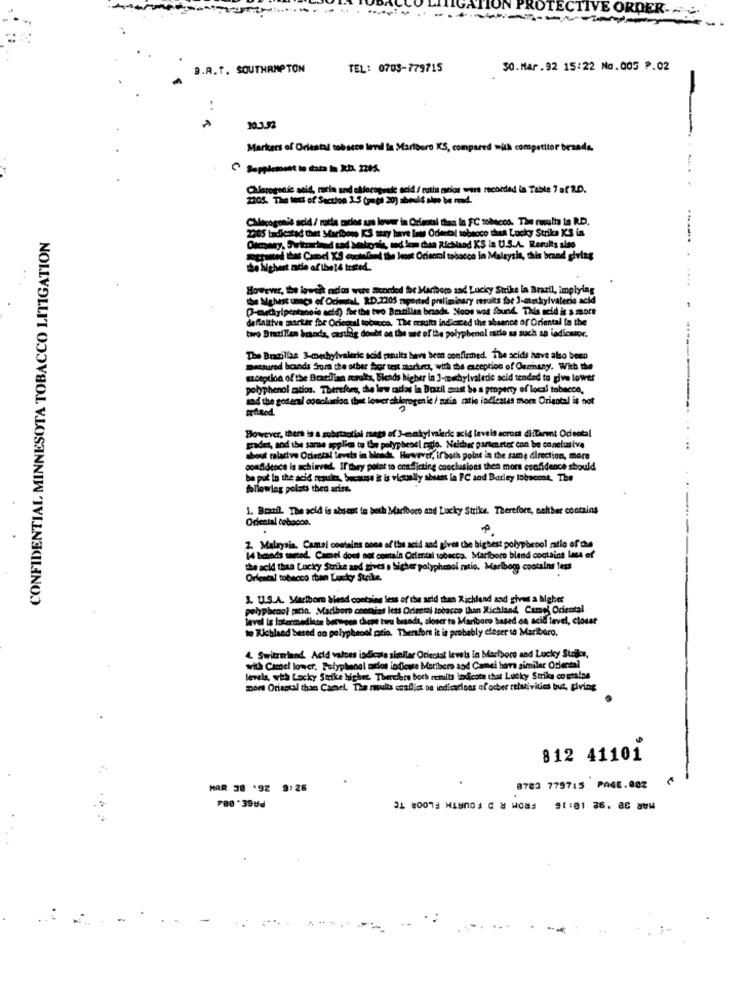
B.A.T. SOUTHAMPTON
TEL: 0703-779715
SO.Mar.92 15:22 No.005 P.02
-
:
30.3.92
Markers of Oriental tobacco level In Marlboro KS, compared with competitor brands.
Chlorogenic acid, maria and ellocopuede acid / rulla meios were recorded in Table 7 af R.D.
2205. The best of Section 1.5 (pop) 30) about slow be med.
Chiecogeniè acid/ rotla zaclos sas lower in Oriental than In FC tobacco. The rwults la RD.
2005 tadficatad thet Maribons KS may have low Odeetal tobacco that Lucky Strike KS in
CONFIDENTIAL MINNESOTA TOBACCO LITIGATION
Oscary, Suitrartand sad Malagaik, and lom chea Richland KS in U.S.A. Results also
ogsuited that Camel KS cochefeed the Host Oriental tabacco in Malaysia, this brand giving
the highest made of the14 tested.
....... . ....
However, the lowest rados wers icorded for Maribor and Lucky Strike in Brazil, implying
the Mghest unacs of Odental, I.D.2205 rogerted preliminary results for 3-methylvalerio acid
hylpentanoio seid) for the two Bratilles briode. Nous was found. This acid is s more
definitive marker for Oricoul tobacco. The results indicaced the absence of Oriental in the
two Braillen brands, castlig doubt on the me of the polyphenol ratio as such an indicator,
The Brazilian 3-methylvaleric acid results have been confirmed. The acidi have also been
measured bonds Sora the other for test markets, with the exception of Quemnasy. With the
czoeption of the Brazilian saults, Sichds higher in ]-mechylvaledie acid tended to give lower
polyphenol ratios. Therefore, the law carlos in Brazil must be a property of local tobacco,
and the general conclusion that lower ellerogen ic / motin zatie inclestas more Oriental is not
Bowever, there is a substantial maps of 3-methyl valeric acid leveis across diiTarent Ociental
grades, sod the same applies to to polyphesel caso. Neither parseneter con be conelusiva
...
about maladive Oriental Levels in bleach. However, ifboth point in the same direction, more
confidence is achieved. If they point to conflicting conclusions then mors confidence should
ba put in the acid resules, because it is vicsally sheets la FC and Barley tobaccos, The
following polats then arise.
1. Brail. The acid is absent te beth Maciboro and Lucky Strike. Therefore, selther contains
Oriental tobacon.
2. Malaysia. Camal contains none of the acid and gives the bigbest polyphenol ratio of the
14 bchods tarted. Camel doul not contain Oriental tobecca. Marlboro blend contains lass of
the acid thaa Lucky Strike and gives a higher polyphenol matio. Maribor contains less
Oriental tobacco ttan Lucky Strike.
3. U.S.A. Mariboru blend containg less of the seld then Richland and gives a highet
polyphenol pacio. Madboro conthias less Oriental tobacco than Richland Cume Oriental
level Ig Intermediate between these two brands, closer to Mariboro based on acid level, closst
to Richland besed on polyphenol catio. Therefore it is probably closer to Maribero.
4. Switzmiand. Acid valves indicala similar Oriental levels in Marlboro and Lucky Strikce,
with Camel lower, Polyphenol ados iodiowe Maribero and Camei have similar Oriental
levels, wia Lucky Strike highet. Therefore boch results indicate that Lucky Strike contains
more Oriental than Camel, The results ccailjct on indications of ocber relativities but, giving
812 41101
MAR 38 '92 9:26
8783 779715 PAGE.002
MAR 38 '92 10:15 FROM R D FOURTH FLOOR TC
PBB . 39Ud